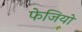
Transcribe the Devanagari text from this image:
फेजियो